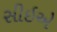
સીઇએ